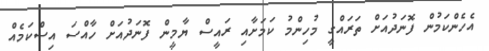
އެހެންކަމުން ފޮނަދުއަށް ތަރައްގީ މުހިންމު ކަމަށާއި ރައީސް ޔާމީން ފޮނަދުއަށް ހާއްސަ އިސްކަމެއް